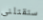
ستقتلنى